King Institute of Preventive Medicine Micro-Biological Section reports 1912-19
Year: 1912
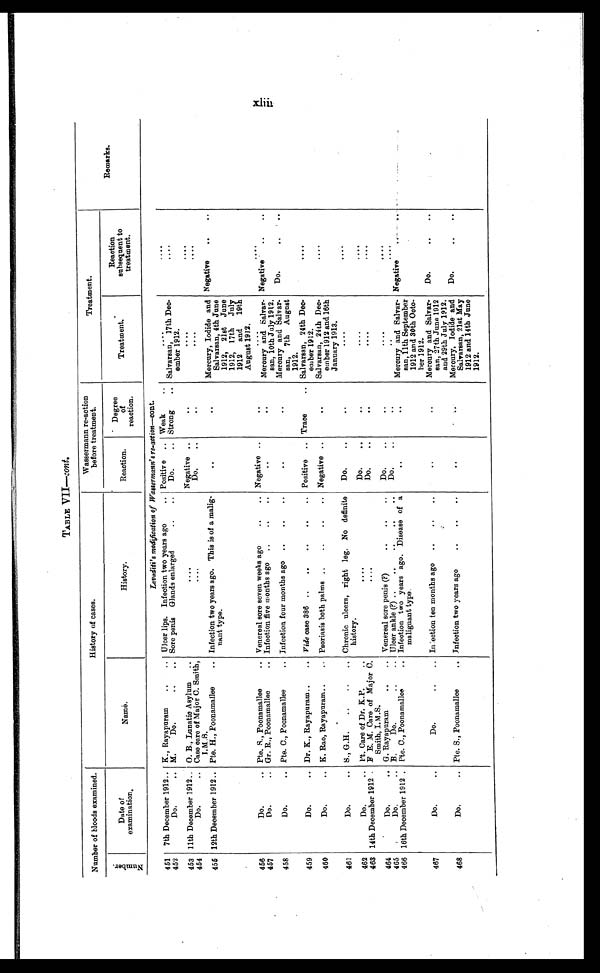
TABLE VII—cont.
Number of bloods examined.
History of cases.
Wassermann re-action
before treatment.
Treatment.
Remarks.
N u m b e r .
Date of
examination.
Name.
History.
Reaction.
Degree
of
reaction.
Treatment.
Reaction
subsequent to
treatment.
Levadiii's modification of Wassermann's re-action—cont.
451
7th December 1912 . . . K., Rayapuram . . .
Ulcer lips. Infection two years ago . . . Positive . . . Weak . . .
. . .
. . .
452
Do. . . . M.
Do. . . .
Sore penis Glands enlarged . . .
Do. . . . Strong . . . Salvarsan, 17th Dec-
ember 1912.
. . .
453 11th December 1912 . . . O. B., Lunatic Asylum . . .
. . .
Negative . . .
. . .
. . .
. . .
454
Do. . . . Case care of Major C. Smith,
I.M.S.
. . .
Do. . . .
. . .
. . .
. . .
455 12th December 1912 . . . Pte. H., Poonamallee . . .
Infection two years ago. This is of a malig -
nant type.
. . .
. . .
Mercury, Iodide and
Salvarsan, 4th June
1912, 21st June
1912, 17th
July
1912
and
19th
August 1912.
Negative . . .
456
Do. . . . Pte. S., Poonamallee . . .
Venereal sore seven weeks ago . . . Negative . . .
. . .
. . .
. . .
457
Do. . . . Gr .. R., Poonamallee . . .
Negative . . .
Mercury and Salvar-
san, 10th July 1912.
Infection five months ago . . .
. . .
. . .
458
Do. . . . Pte. C., Poonamallee . . .
Infection four months ago . . .
. . .
. . .
Do. . . .
Mercury and Salvar-
san, 7th August
1912.
459
Do. . . . Dr. K., Rayapuram . . .
Vide case 386 . . . Positive . . . Trace . . .
. . .
Salvarsan, 24th De c -
ember 1912.
460
Do. . . . K. Rao, Rayapuram
. . .
Psoriasis both palms . . . Negative . . .
. . .
Salvarsan, 24th Dec-
ember 1912 and 16th
January 1913.
. . .
461
Do. . . . S., G.H. . . .
Chronic ulcers, right leg. No definite
history.
Do. . . .
. . .
. . .
. . .
462
Do. . . . Pt. Care of Dr. K.P. . . .
Do. . . .
. . .
. . .
. . .
. . .
463 14th December 1912 . F E. M. Care of Major C.
Smith, I. M .S.
. . .
Do. . . .
. . .
. . .
. . .
464
Do. . . . G. Rayapuram . . .
Venereal sore penis (?) . . .
Do. . . .
. . .
. . .
. . .
Ulcer ankle (?) . . .
465
Do. . . . B. Do. . . .
Do. . . .
. . .
. . .
. . .
466 16th December 1912 . . . Pte. C., Poonamallee . . .
Infection two years ago. Disease of
malignant type.
. . .
. . .
Mercury and Salvar-
san, 11th September
1912 and 30th Octo -
ber 1912.
Negative
467
Do. . . .
Do. . . . Infection ten months ago . . .
. . .
. . .
Mercury and Salvar-
san, 27th June 1912
and 29th July 1912.
Do. . . .
468
Do. . . . Pte. S., Poonamallee . . .
Infection two years ago . . .
. . .
. . .
Mercury, Iodide and
Salvarsan, 21st May
1912 and 14th June
1912.
Do. . . .
x l i i i